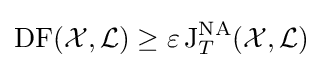
\operatorname {DF} ({\mathcal {X}},{\mathcal {L}})\geq \varepsilon \operatorname {J} _{T}^{\operatorname {NA} }({\mathcal {X}},{\mathcal {L}})